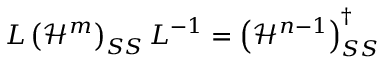
L \left( \mathcal { H } ^ { m } \right) _ { S S } L ^ { - 1 } = \left( \mathcal { H } ^ { n - 1 } \right) _ { S S } ^ { \dagger }